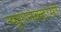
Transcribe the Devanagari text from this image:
न्यूमोनेक्टोमी